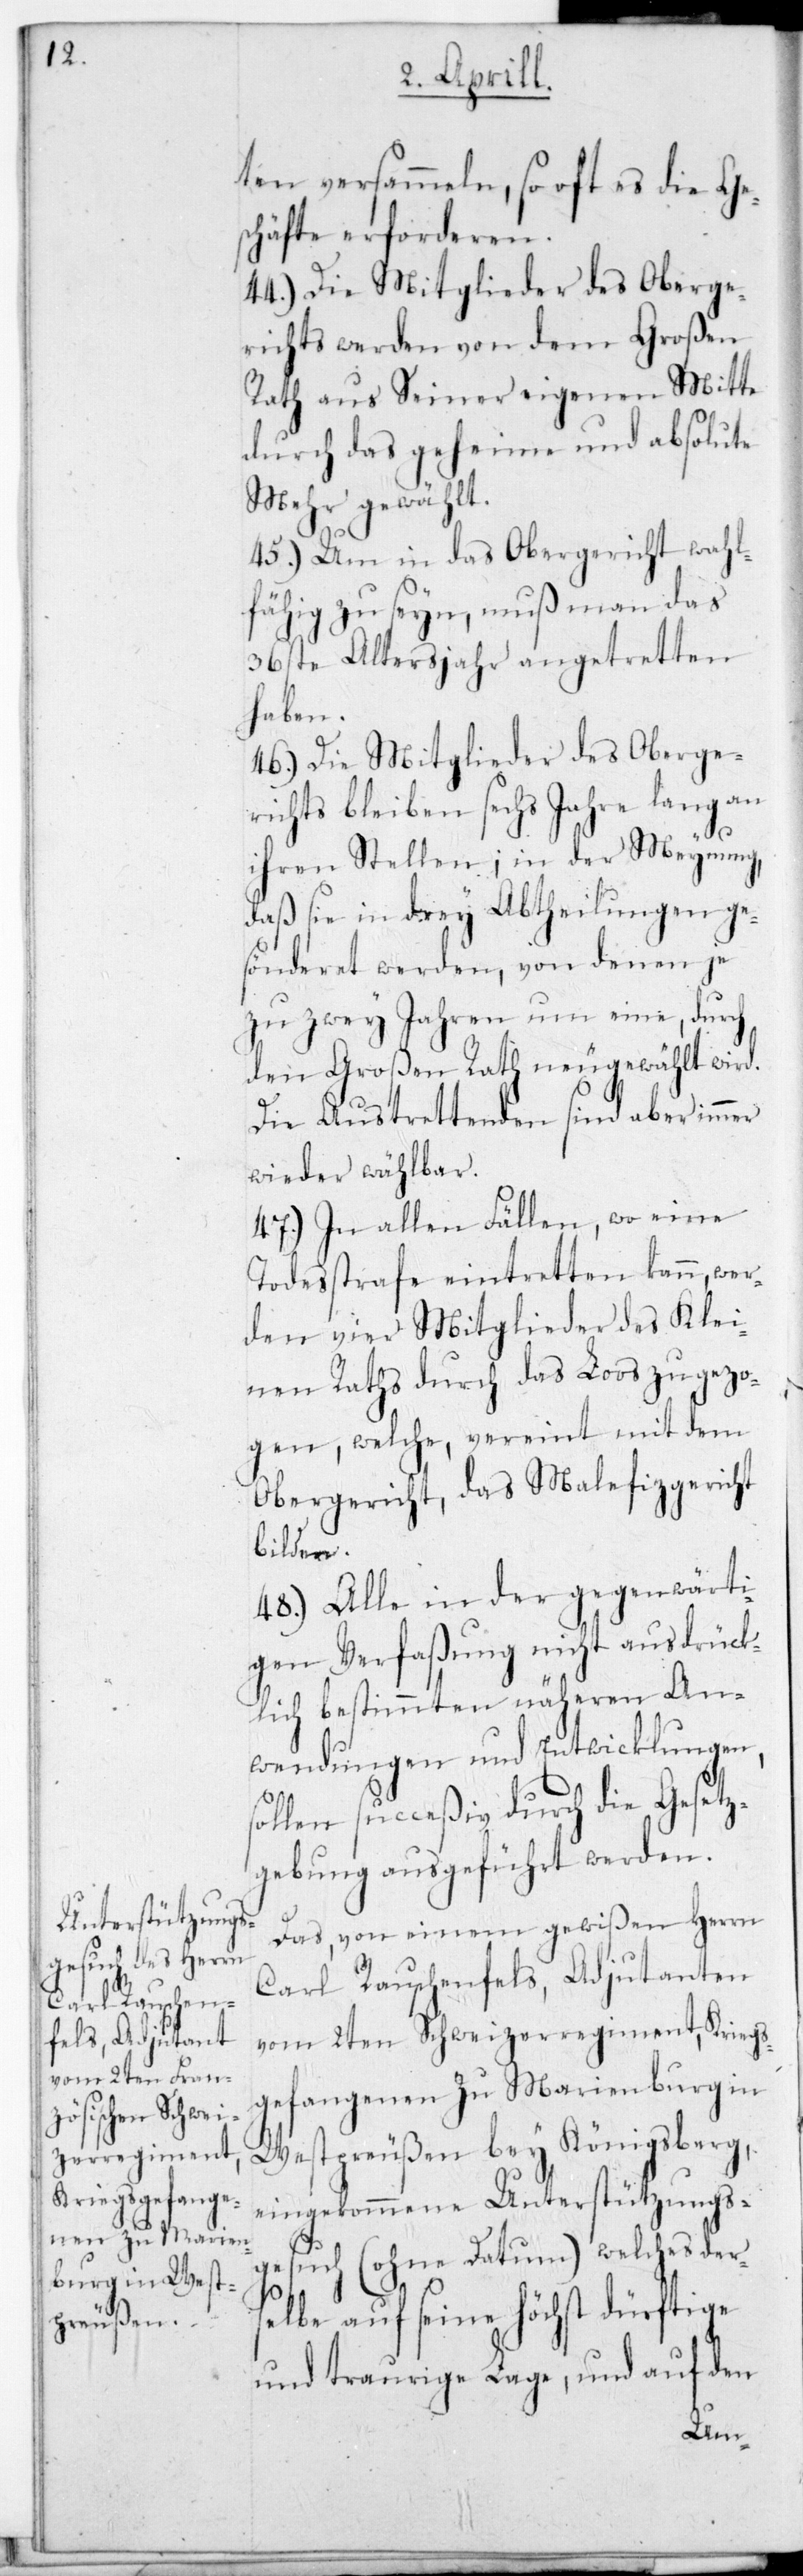
ten versammeln, so ift es die Ge¬
schäfte erforderen.
44.) Die Mitglieder des Oberge¬
richts werden von dem Großen
Rath aus Seiner eigenen Mitte
durch das geheime und absolute
Mehr gewählt.
45.) Um in das Obergericht wahl¬
fähig zu seyn, muß man das
36ste Altersjahr angetretten
haben.
46.) Die Mitglieder des Oberge¬
richts bleiben sechs Jahre lang an
ihren Stellen; in der Meynung,
daß sie in drey Abtheilungen ge¬
sönderet werden, von denen je
zu zwey Jahren um eine, durch
den Großen Rath neugewählt wird.
Die Austrettenden sind aber immer
wieder wählbar.
47.) In allen Fällen, wo eine
Todesstrafe eintretten kann, wer¬
den vier Mitglieder des Klei¬
nen Raths durch das Loos zugezo¬
gen, welche vereint mit dem
Obergericht, das Malefizgericht
bilden.
48.) Alle in der gegenwärti¬
gen Verfaßung nicht ausdrück¬
lich bestimmten näheren An¬
wendungen und Entwicklungen,
ollen succeßiv durch die Gesetz¬
gebung ausgeführt werden.
Das von einem gewißen Herrn
Carl Rauschenfels, Adjudanten
vom 2ten Schweizerregiment, Kriegs¬
gefangenen zu Marienburg in
Westpreußen bey Königsberg,
eingekommene Unterstützungs¬
s¬
gesuch (ohne Datum), welches ders¬
elbe auf seine höchst dürftige
und traurige Lage, und auf den